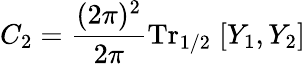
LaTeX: C_{2}=\frac{(2\pi)^{2}}{2\pi}\mathrm{Tr}_{1/2}\; [Y_{1},Y_{2}]